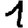
Digit: 1